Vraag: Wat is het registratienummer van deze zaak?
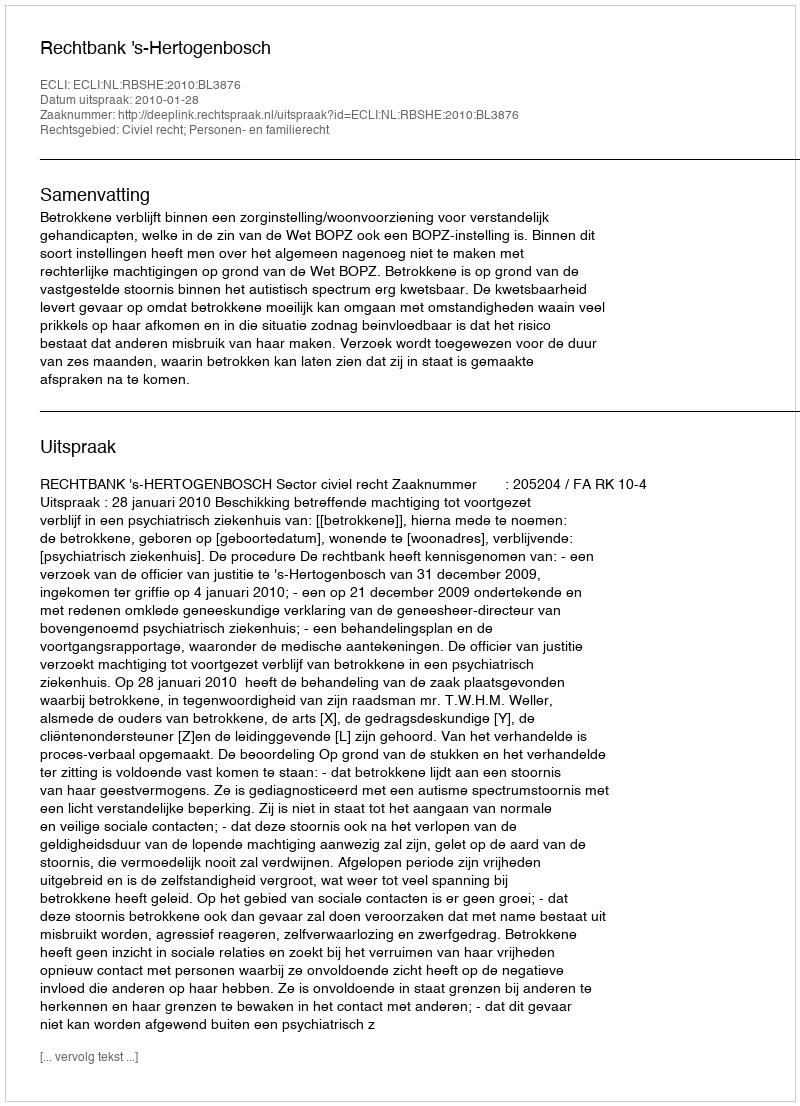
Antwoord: http://deeplink.rechtspraak.nl/uitspraak?id=ECLI:NL:RBSHE:2010:BL3876